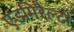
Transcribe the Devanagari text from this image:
एडमिरैल्टी